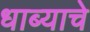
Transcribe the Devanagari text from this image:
धाब्याचे